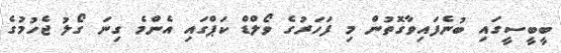
ބީބީސީގައި ބުނެފައިވާގޮތުން މި ފަހަރުގެ ވޯލްޑް ކަޕްގައި އެންމެ ގިނަ ގޯލު ޖެހުމުގެ